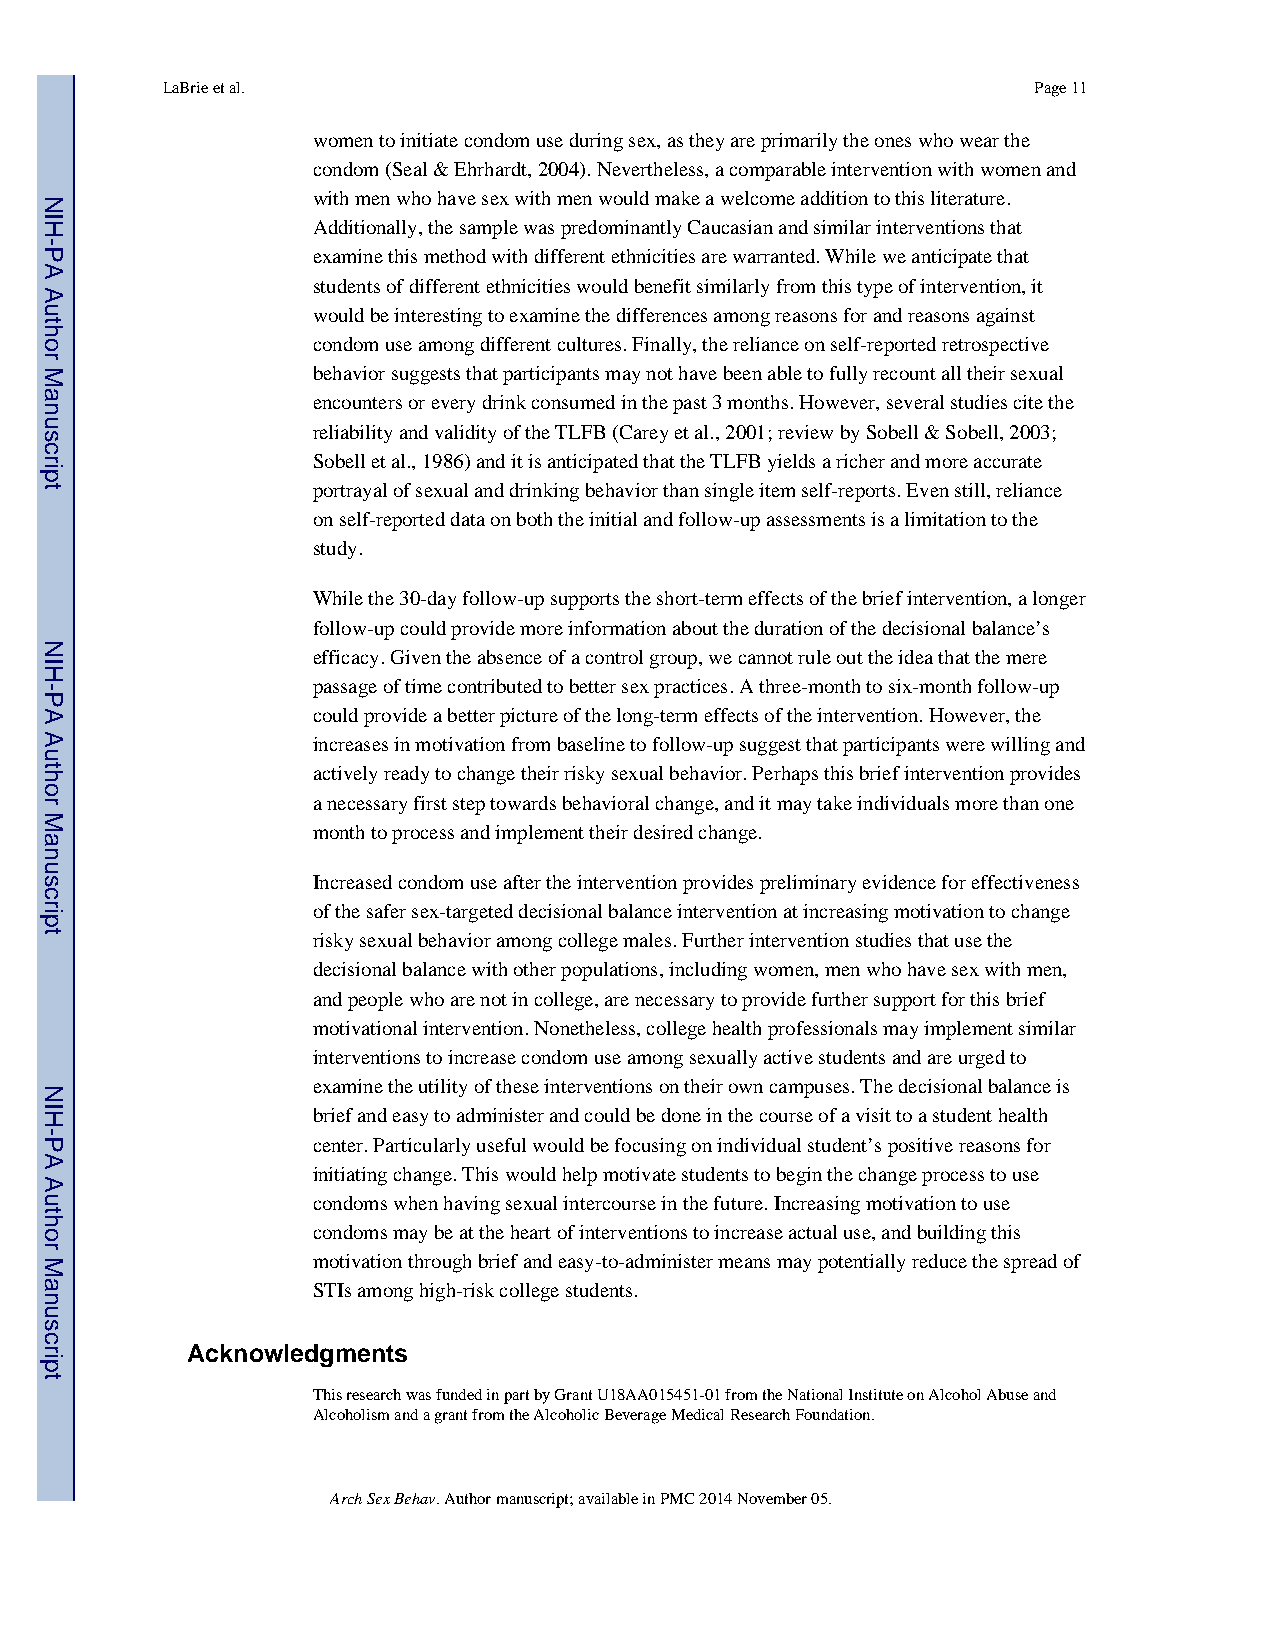
LaBrie et al.                                            Page 11
 women to initiate condom use during sex, as they are primarily the ones who wear the
 condom (Seal & Ehrhardt, 2004). Nevertheless, a comparable intervention with women and
 with men who have sex with men would make a welcome addition to this literature.
 Additionally, the sample was predominantly Caucasian and similar interventions that
 examine this method with different ethnicities are warranted. While we anticipate that
 students of different ethnicities would benefit similarly from this type of intervention, it
 would be interesting to examine the differences among reasons for and reasons against
 condom use among different cultures. Finally, the reliance on self-reported retrospective
 behavior suggests that participants may not have been able to fully recount all their sexual
 encounters or every drink consumed in the past 3 months. However, several studies cite the
 reliability and validity of the TLFB (Carey et al., 2001; review by Sobell & Sobell, 2003;
 Sobell et al., 1986) and it is anticipated that the TLFB yields a richer and more accurate
 portrayal of sexual and drinking behavior than single item self-reports. Even still, reliance
 on self-reported data on both the initial and follow-up assessments is a limitation to the
 study.
 While the 30-day follow-up supports the short-term effects of the brief intervention, a longer
 follow-up could provide more information about the duration of the decisional balance’s
 efficacy. Given the absence of a control group, we cannot rule out the idea that the mere
 passage of time contributed to better sex practices. A three-month to six-month follow-up
 could provide a better picture of the long-term effects of the intervention. However, the
 increases in motivation from baseline to follow-up suggest that participants were willing and
 actively ready to change their risky sexual behavior. Perhaps this brief intervention provides
 a necessary first step towards behavioral change, and it may take individuals more than one
 month to process and implement their desired change.
 Increased condom use after the intervention provides preliminary evidence for effectiveness
 of the safer sex-targeted decisional balance intervention at increasing motivation to change
 risky sexual behavior among college males. Further intervention studies that use the
 decisional balance with other populations, including women, men who have sex with men,
 and people who are not in college, are necessary to provide further support for this brief
 motivational intervention. Nonetheless, college health professionals may implement similar
 interventions to increase condom use among sexually active students and are urged to
 examine the utility of these interventions on their own campuses. The decisional balance is
 brief and easy to administer and could be done in the course of a visit to a student health
 center. Particularly useful would be focusing on individual student’s positive reasons for
 initiating change. This would help motivate students to begin the change process to use
 condoms when having sexual intercourse in the future. Increasing motivation to use
 condoms may be at the heart of interventions to increase actual use, and building this
 motivation through brief and easy-to-administer means may potentially reduce the spread of
 STIs among high-risk college students.
 Acknowledgments
 This research was funded in part by Grant U18AA015451-01 from the National Institute on Alcohol Abuse and
 Alcoholism and a grant from the Alcoholic Beverage Medical Research Foundation.
 Arch Sex Behav. Author manuscript; available in PMC 2014 November 05.
 NIH-PA
 Author
 Manuscript
 NIH-PA
 Author
 Manuscript
 NIH-PA
 Author
 Manuscript